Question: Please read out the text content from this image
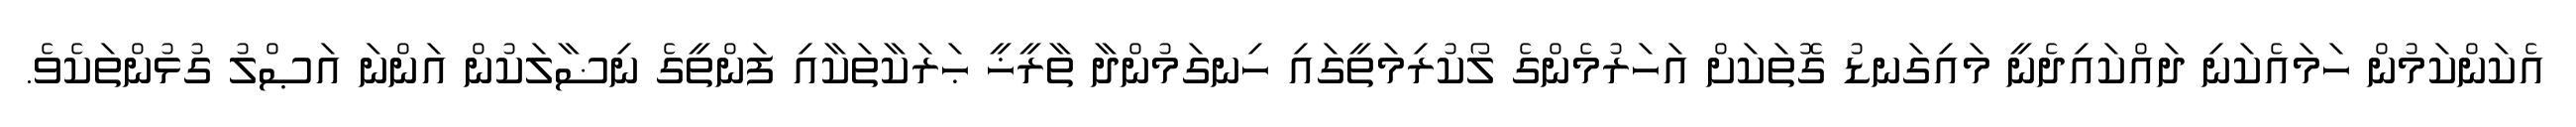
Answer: އެކަންކަމުން ހަމައެކަނި ދައްކައިދެނީ މައިގަނޑު ގޮތަކަށް އަހަރުމެންގެ ލޯކުރިމަތީގައި ހިނގަމުންދާ ތާރީޚީ ޙަރަކާތަކާއި ފަންތީގެ ނިޟާލަކުން އަންނަ އަޞްލު ގުޅުންތަކެވެ.